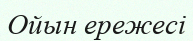
Ойын ережесі